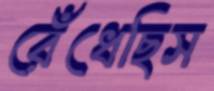
রেঁধেছিস